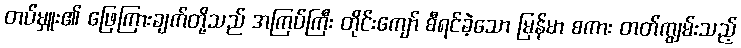
တပ်မှူး၏ ဖြေကြားချက်တို့သည် အကြပ်ကြီး တိုင်းကျော် စီရင်ခဲ့သော မြန်မာ စကား တတ်ကျွမ်းသည့်